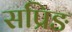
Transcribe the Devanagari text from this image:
सप्रिङ